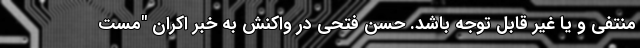
منتفی و یا غیر قابل توجه باشد. حسن فتحی در واکنش به خبر اکران "مست